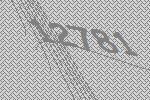
12781